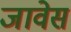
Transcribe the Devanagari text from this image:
जावेस